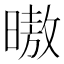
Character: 𰖢